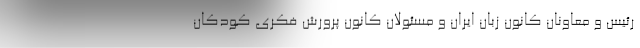
رئیس و معاونان کانون زبان ایران و مسئولان کانون پرورش فکری کودکان